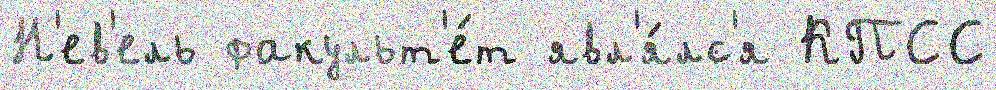
Н'ев'ель факульт'е́т явл'я́лс'я КПСС